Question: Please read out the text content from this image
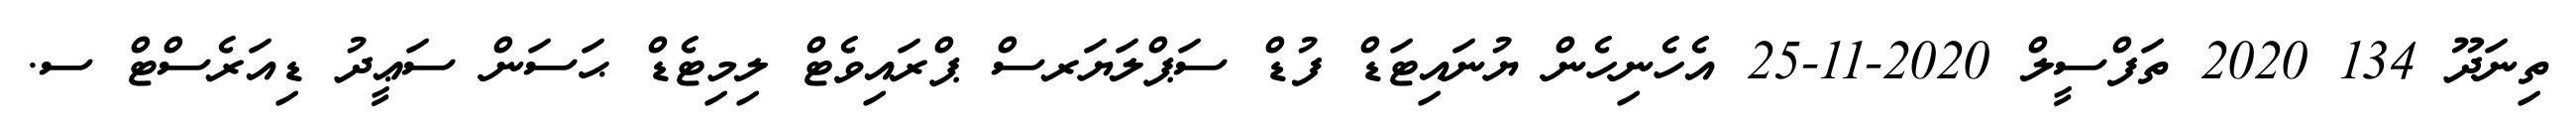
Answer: ތިނަދޫ 134 2020 ތަފްސީލް 2020-11-25 އެހެނިހެން ޔުނައިޓަޑް ފުޑް ސަޕްލަޔަރސް ޕްރައިވެޓް ލިމިޓެޑް ޙަސަން ސަޢީދު ޑިއަރެސްޓް ސ.